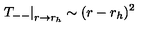
\left. T _ { -- } \right| _ { r \rightarrow r _ { h } } \sim ( r - r _ { h } ) ^ { 2 }